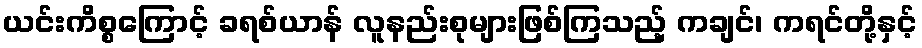
ယင်းကိစ္စကြောင့် ခရစ်ယာန် လူနည်းစုများဖြစ်ကြသည့် ကချင်၊ ကရင်တို့နှင့်